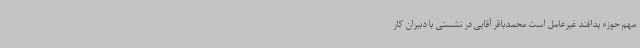
مهم حوزه پدافند غیرعامل است محمدباقر آقایی در نشستی با دبیران کار